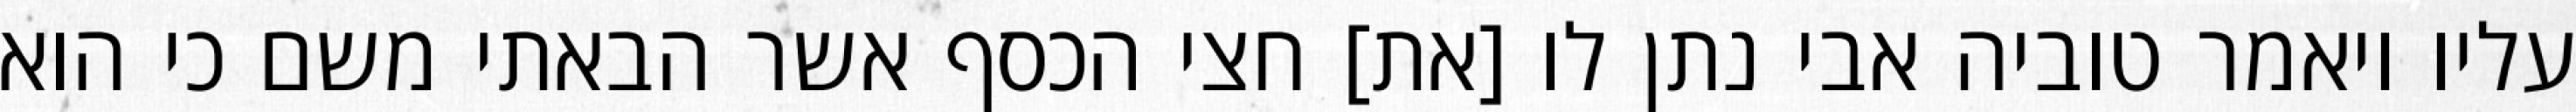
עליו ויאמר טוביה אבי נתן לו [את] חצי הכסף אשר הבאתי משם כי הוא